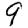
Digit: 9